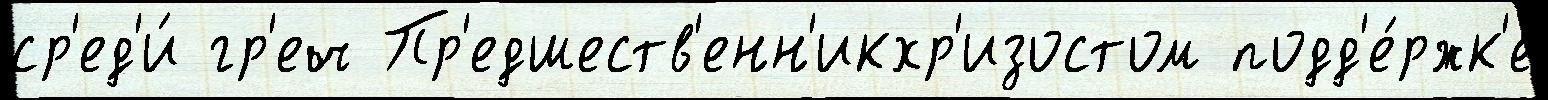
ср'ед'и́ гр'еч Пр'едшеств'енн'икхр'изостом подд'е́ржк'е